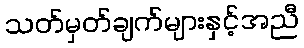
သတ်မှတ်ချက်များနှင့်အညီ